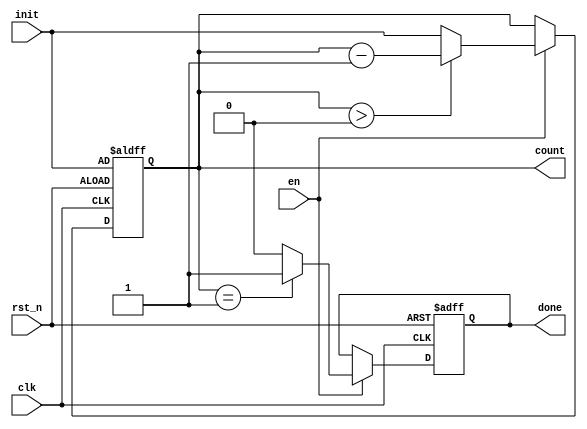
`timescale 1ns / 1ps
//////////////////////////////////////////////////////////////////////////////////
// Company: 
// Engineer: 
// 
// Design Name: 
// Module Name: counter
// Project Name: 
// Target Devices: 
// Tool Versions: 
// Description: 
// 
// Dependencies: 
// 
// Revision:
// Revision 0.01 - File Created
// Additional Comments:
// 
//////////////////////////////////////////////////////////////////////////////////


module counter(init,clk,en,rst_n,done,count);
parameter M=6;
input clk;
input en;
input rst_n;
input [$clog2(M):0] init;
output reg [$clog2(M):0] count;
output reg done;

always @ (posedge clk or negedge rst_n) //sequential
begin
    if(~rst_n)
    begin
        done <= 0;
        count <= init;
        //done <= 0;
    end
    else
    begin
        if(en) 
        begin
            if (count>0)
            begin
                count <= count -1;
            end
            else
            begin
                count <=init;
            end
            if (count==1)
            begin
                done<=1;
            end
            else
            begin
                done <=0;
            end
        end        
    end
end

endmodule